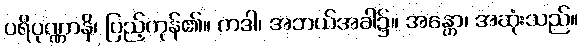
ပရိပုဏ္ဏာနိ၊ ပြည့်ကုန်၏။ ကဒါ၊ အဘယ်အခါ၌။ အန္တော၊ အဆုံးသည်။